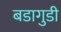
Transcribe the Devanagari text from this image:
बडागुडी